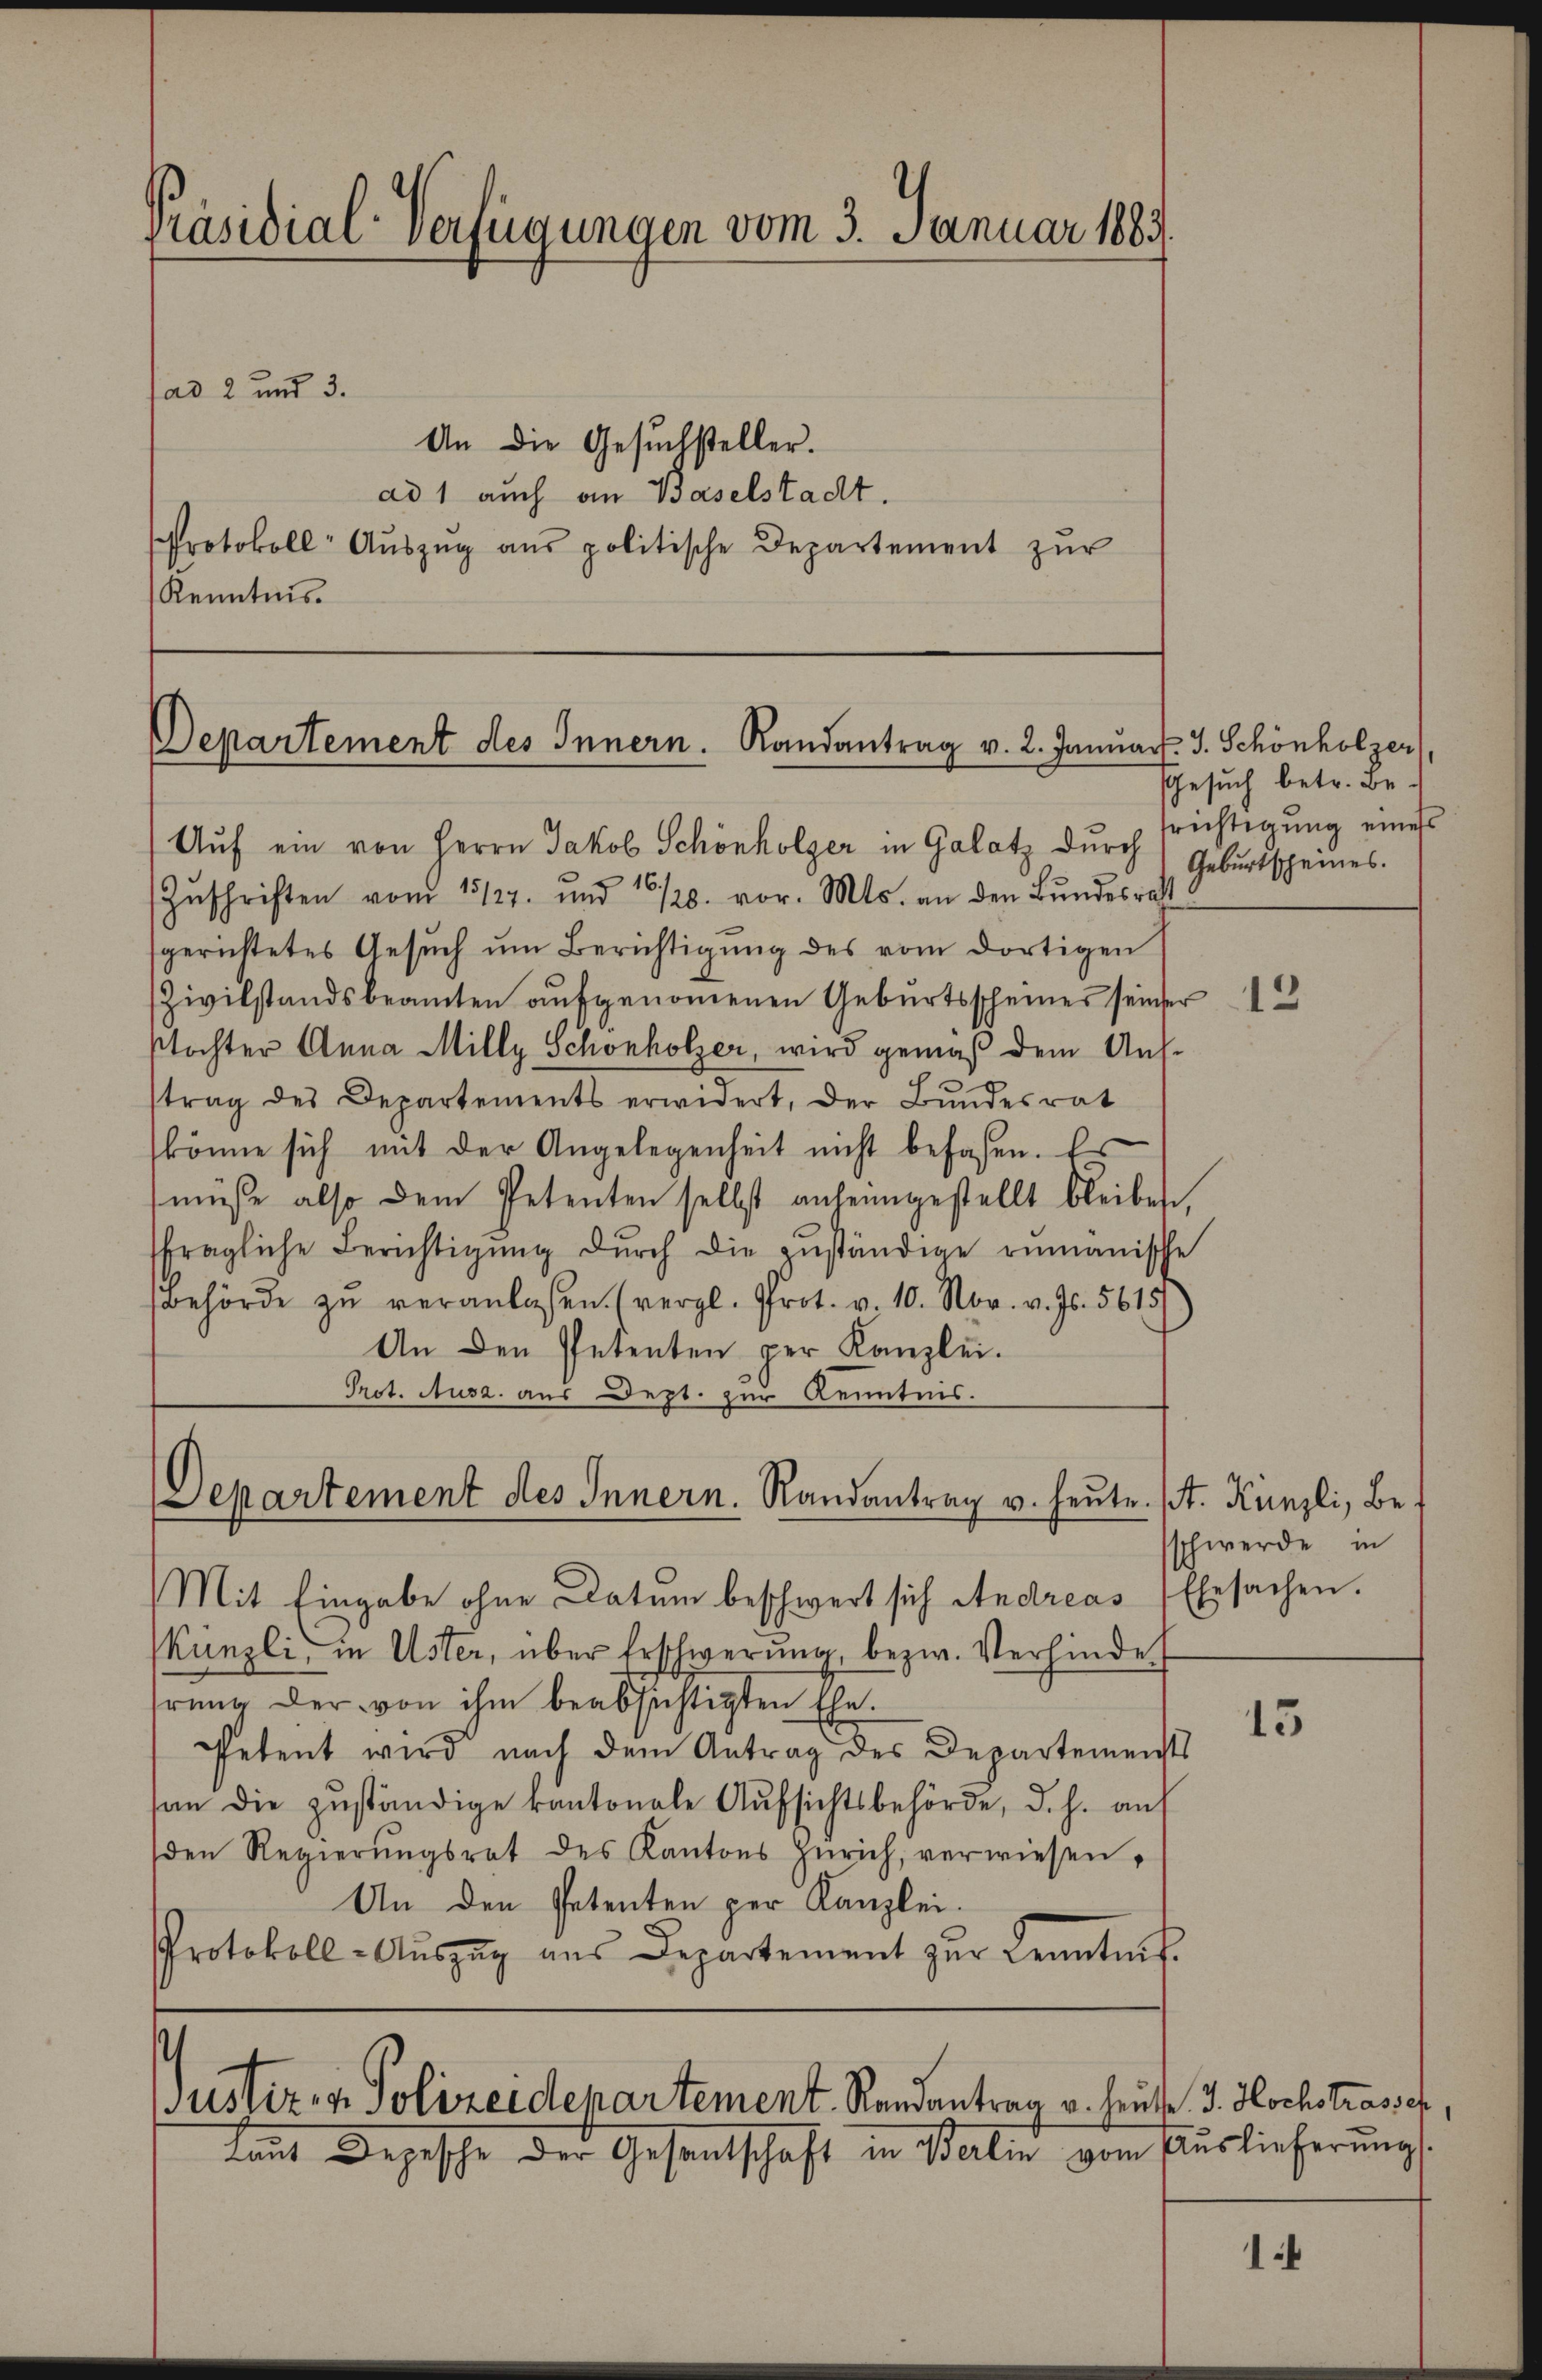
Präsidial-Verfügungen vom 3. Januar 1883.

Departement des Innern. Randantrag v. 2. Januar. J. Schönholzer

Auf ein von Herrn Jakob Schönholzer in Galatz durch Geburtscheines.
Zŭschriften vom 15127. und 16/20. vor. Mts. an den Bŭndesrath
sgerichtetes Gesŭch ŭm Berichtigŭng des vom dortigen
Zivilstandsbeamten aufgenommenen Geburtsscheines seinser
stochter Anna Milly Schönholzer, wird gemäß dem Anstrag des Departements erwidert, der Bŭndesrat
könne sich mit der Angelegenheit nicht befaßen. Es
müße also dem Petenten selbst anheimgestellt bleiben,
fragliche Berichtigŭng dŭrch die zŭständige rumänische
Behörde zŭ veranlaßen. (vergl. Prot. v. 10. Nov. v. Js. 5615/
An den Petenten per Kanzlei.
Prot. Ausa, aus Dept. zur Kenntnis.

sad 2 und 3.
An die Gesuchsteller.
ad 1 auch an Baselstadt.
Protokoll- Aŭszŭg ans politische Departement zŭr
Kenntnis.

Departement des Innern. Randantrag v. heute. (T. Künzli, Be¬

s
Justiz- & Polizeidepartement. Randantrag v. Heute J. Hochstrasser,
tant Depesche der Gesandtschaft in Berlin vom Verlieferung

Mit Eingabe ohne Datum beschwert sich Andreas Ehesachen.
Künzli, in Uster, über Erschwerung, bezw. Verhinde
hrung der von ihm beabsichtigten Ehe.
Petent wird nach dem Antrag des Departements
an die zuständige kantonale Aufsichtsbehörde, d. h. auf
den Regierŭngsrat des Kantons Zürich, verwiesen,
An den Petenten per Kanzlei.
Protokoll-Aŭszŭg aŭs Departement zŭr Kenntnis

Gesuch betr. Befrichtigung eines

12

schwerde in

15

1